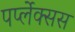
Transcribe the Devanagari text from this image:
पर्प्लेक्सस